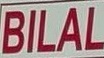
BILAL